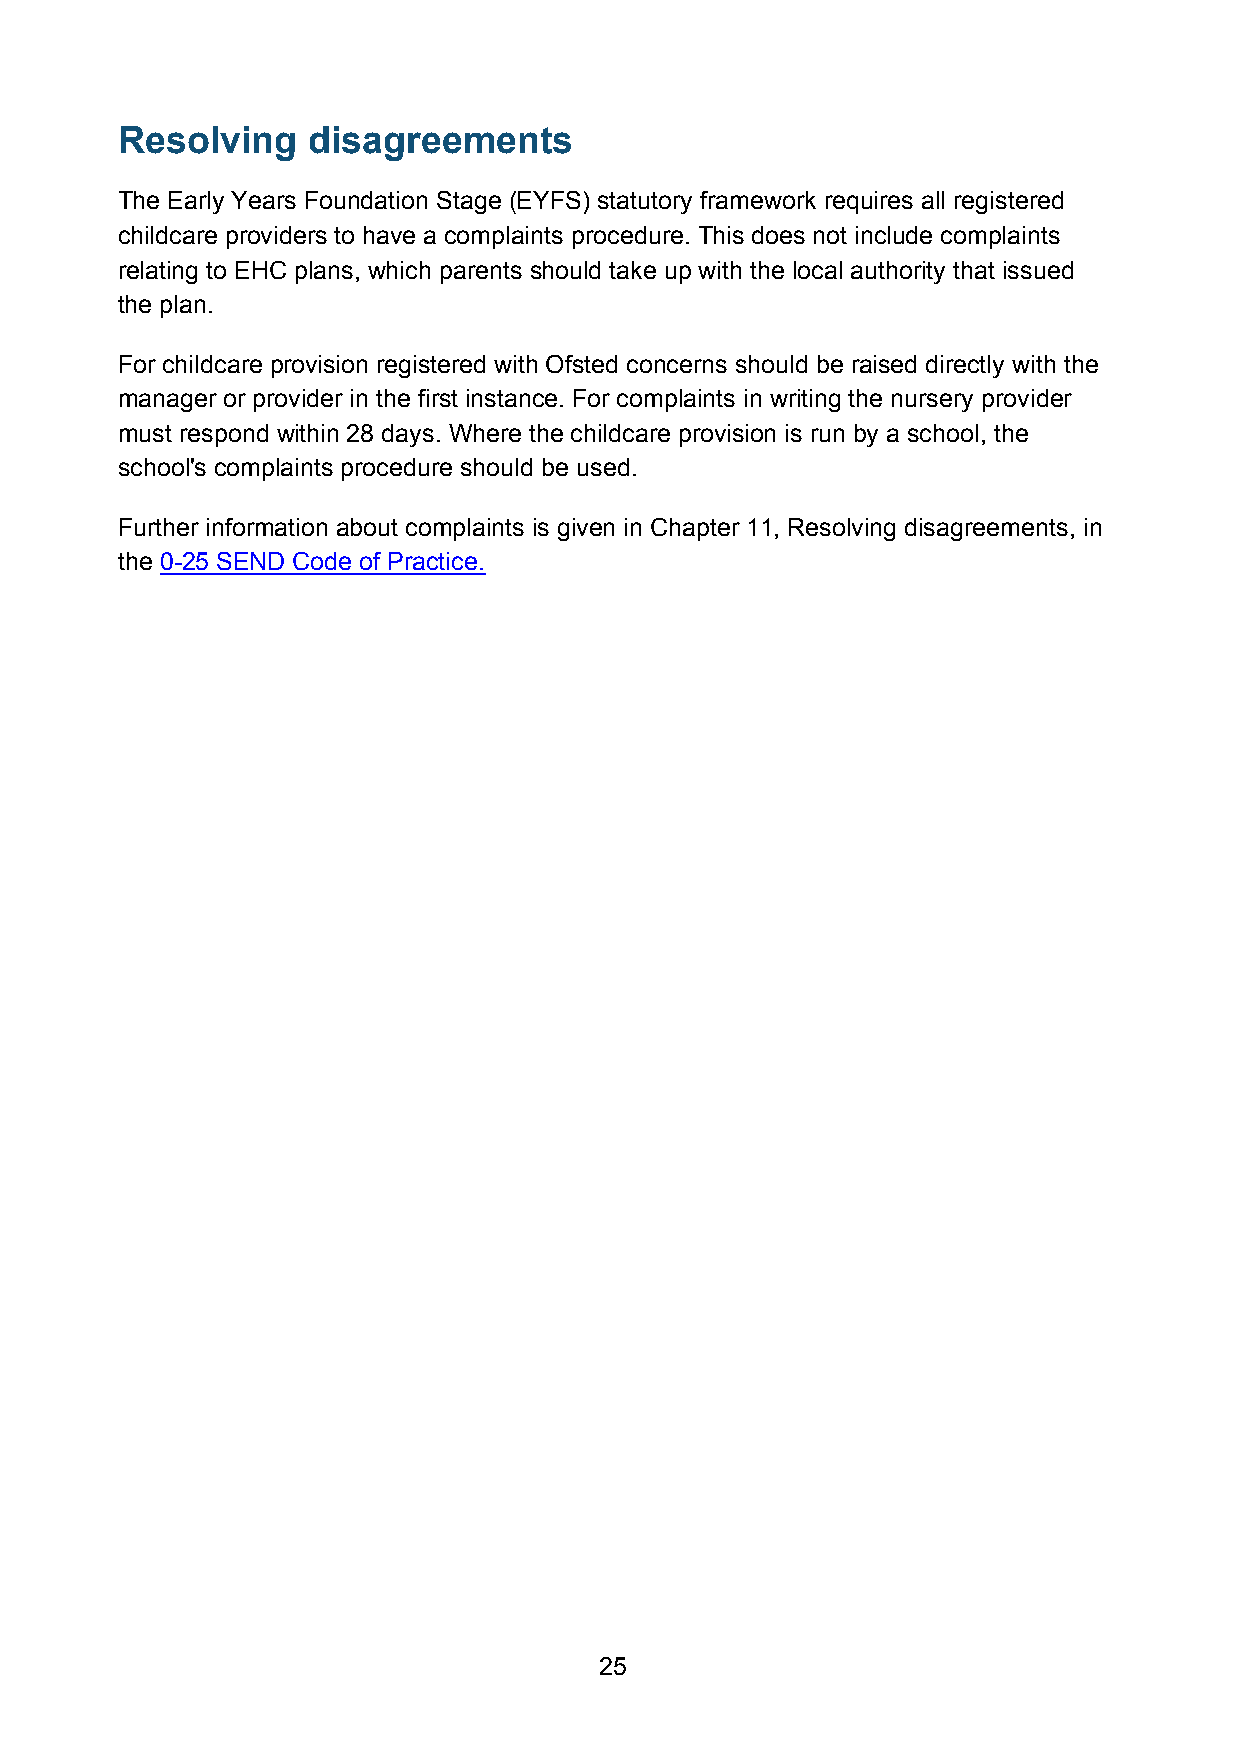
Resolving   disagreements
 The Early Years Foundation Stage (EYFS) statutory framework requires all registered
 childcare providers to have a complaints procedure. This does not include complaints
 relating to EHC plans, which parents should take up with the local authority that issued
 the plan.
 For childcare provision registered with Ofsted concerns should be raised directly with the
 manager or provider in the first instance. For complaints in writing the nursery provider
 must respond within 28 days. Where the childcare provision is run by a school, the
 school's complaints procedure should be used.
 Further information about complaints is given in Chapter 11, Resolving disagreements, in
 the 0-25 SEND Code of Practice.
 25